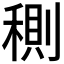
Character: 𥠉